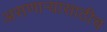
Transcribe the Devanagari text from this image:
असणार्‍यासाठीच